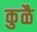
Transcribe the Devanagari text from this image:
कुळै